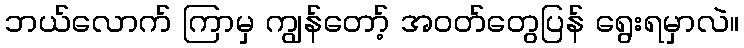
ဘယ်လောက် ကြာမှ ကျွန်တော့် အဝတ်တွေပြန် ရွေးရမှာလဲ။